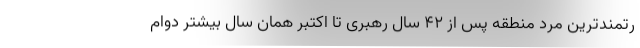
رتمندترین مرد منطقه پس از ۴۲ سال رهبری تا اکتبر همان سال بیشتر دوام